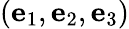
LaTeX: (\mathbf{e}_{1},\mathbf{e}_{2},\mathbf{e}_{3})